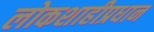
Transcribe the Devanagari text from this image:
लोकशाहीप्रधान